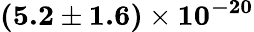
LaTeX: \mathbf{(5.2\pm 1.6)\times 10^{-20}}